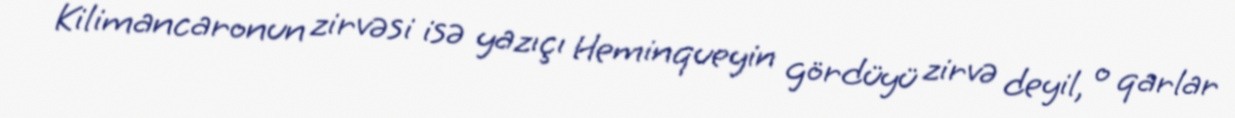
Kilimancaronun zirvəsi isə yazıçı Heminqueyin gördüyü zirvə deyil, o qarlar